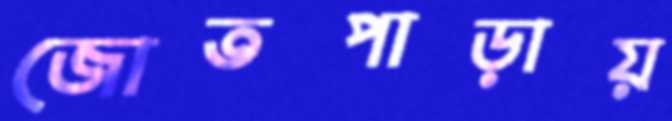
জোতপাড়ায়